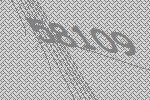
58109